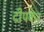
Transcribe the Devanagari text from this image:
दीपकर